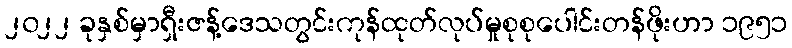
၂၀၂၂ ခုနှစ်မှာရှီးဇန့်ဒေသတွင်းကုန်ထုတ်လုပ်မှုစုစုပေါင်းတန်ဖိုးဟာ ၁၉၅၁